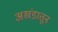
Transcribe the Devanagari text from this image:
अखंडातून